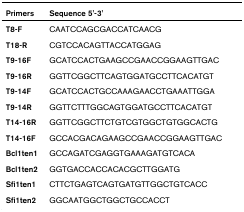
<table><thead><tr><td><b>Primers</b></td><td><b>Sequence 5&#x27;-3&#x27;</b></td></tr></thead><tbody><tr><td><b>T8-F</b></td><td>CAATCCAGCGACCATCAACG</td></tr><tr><td><b>T18-R</b></td><td>CGTCCACAGTTACCATGGAG</td></tr><tr><td><b>T9-16F</b></td><td>GCATCCACTGAAGCCGAACCGGAAGTTGAC</td></tr><tr><td><b>T9-16R</b></td><td>GGTTCGGCTTCAGTGGATGCCTTCACATGT</td></tr><tr><td><b>T9-14F</b></td><td>GCATCCACTGCCAAAGAACCTGAAATTGGA</td></tr><tr><td><b>T9-14R</b></td><td>GGTTCTTTGGCAGTGGATGCCTTCACATGT</td></tr><tr><td><b>T14-16R</b></td><td>GGTTCGGCTTCTGTCGTGGCTGTGGCACTG</td></tr><tr><td><b>T14-16F</b></td><td>GCCACGACAGAAGCCGAACCGGAAGTTGAC</td></tr><tr><td><b>Bcl1ten1</b></td><td>GCCAGATCGAGGTGAAAGATGTCACA</td></tr><tr><td><b>Bcl1ten2</b></td><td>GGTGACCACCACACGCTTGGATG</td></tr><tr><td><b>Sfi1ten1</b></td><td>CTTCTGAGTCAGTGATGTTGGCTGTCACC</td></tr><tr><td><b>Sfi1ten2</b></td><td>GGCAATGGCTGGCTGCCACCT</td></tr></tbody></table>